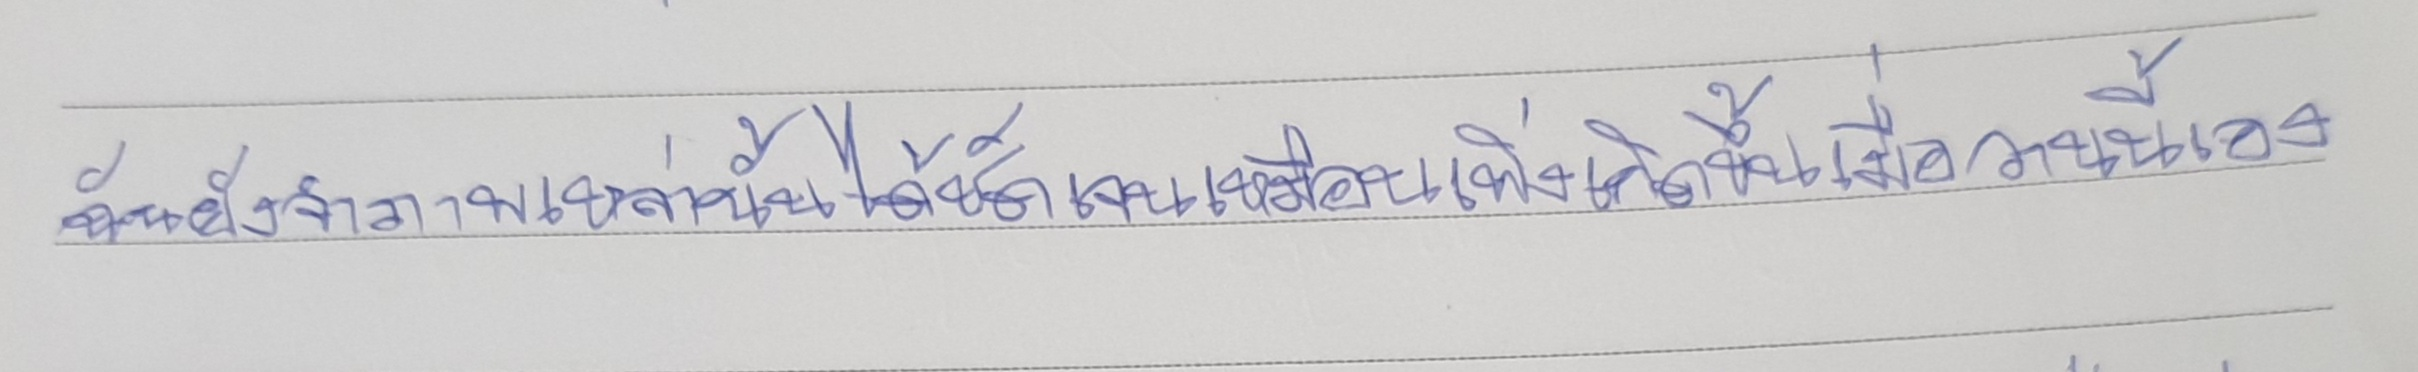
ฉันยังจำภาพเหล่านั้นได้ชัดเจนเหมือนเพิ่งเกิดขึ้นเมื่อวานนี้เอง